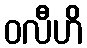
ဝလီဟိ